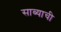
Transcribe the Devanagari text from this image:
साब्याची